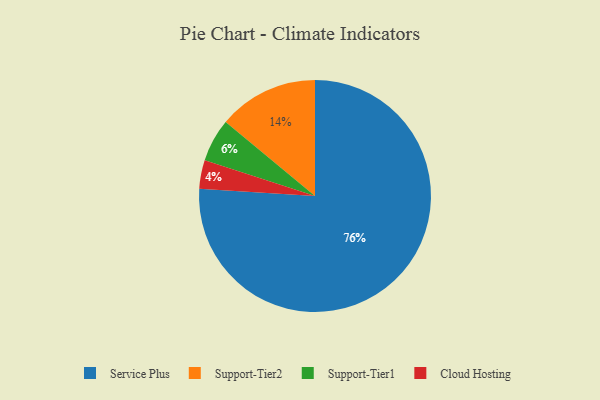
{"axis": {"x": "Category", "y": "Percentage"}, "legend": ["Cloud Hosting", "Service Plus", "Support-Tier1", "Support-Tier2"], "data": [{"x": "Cloud Hosting", "y": 4, "type": "Cloud Hosting"}, {"x": "Support-Tier2", "y": 14, "type": "Support-Tier2"}, {"x": "Service Plus", "y": 76, "type": "Service Plus"}, {"x": "Support-Tier1", "y": 6, "type": "Support-Tier1"}]}